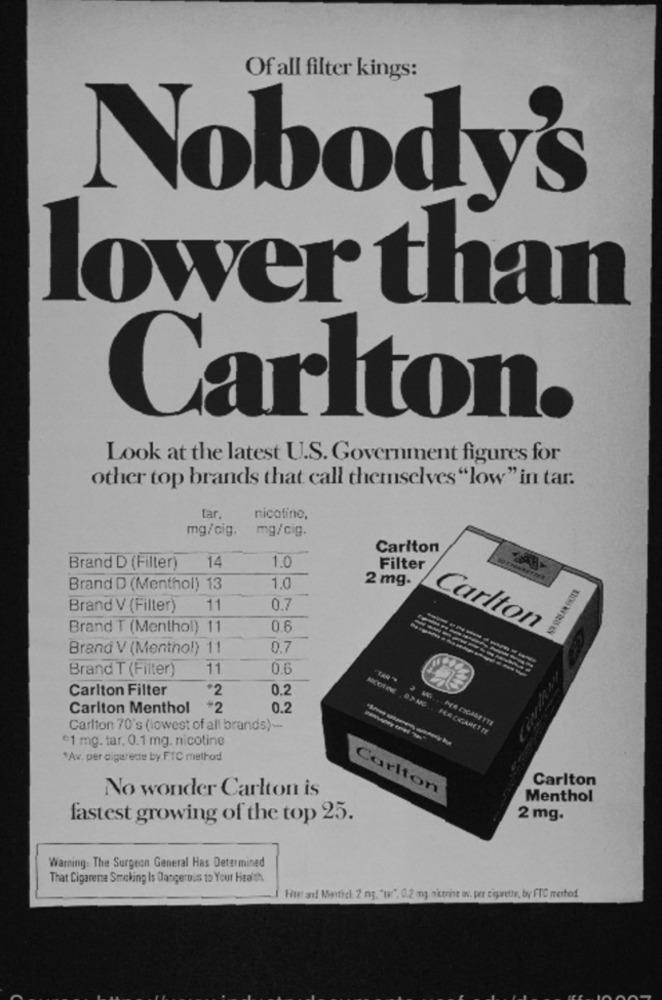
Of all filter kings:
Nobody's
lower than
Carlton.
Look at the latest U.S. Government figures for
other top brands that call themselves "low" in tar.
tar,
nicotine,
mg/cig.
mg/cig.
Carlton
14
Brand D (Filter)
1.0
Filter
2 mg.
Brand D (Menthol) 13
1.0
Brand V (Filter)
11
0.7
Brand T (Menthol) 11
0.6
Carlton
Brand V (Menthol) 11
0.7
Brand T (Filter)
11
0.6
Carlton Filter
+2
0.2
Carlton Menthol
*2
0.2
Carlton 70's (lowest of all brands)-
$1 mg. tar. 0.1 mg. nicotine
*Av. per cigarette by FTC method
Carlton
No wonder Carlton is
Carlton
Menthol
fastest growing of the top 25.
2 mg.
Warning: The Surgeon General Has Determined
That Cigarette Smoking Is Dangerous to Your Health
Huat and Mantiel 2 mg. "w", 0.2 mg aicorine av. per cigarette, by FTC method